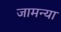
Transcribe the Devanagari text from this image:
जामन्या